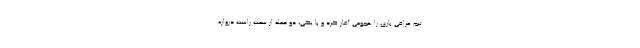
تیم عراقی بازی را هجومی آغاز کرد و با یکی، دو حمله از سمت راست دروازه